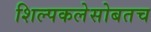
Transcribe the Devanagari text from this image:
शिल्पकलेसोबतच